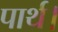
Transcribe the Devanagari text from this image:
पार्थ।